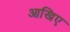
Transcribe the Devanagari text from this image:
आखिए